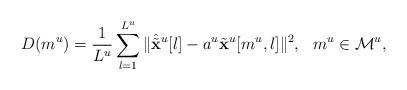
LaTeX: \begin{align*}D(m^u)=\frac{1}{L^u}\sum_{l=1}^{L^u}\|\hat{\tilde{\mathbf{x}}}^u[l]-a^u\tilde{\mathbf{x}}^u[m^u,l]\|^2,\ \ m^u\in\mathcal{M}^u,\end{align*}